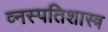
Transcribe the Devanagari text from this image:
व्नस्पतिशास्त्र